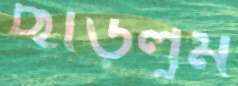
ছাড়লুম